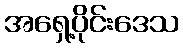
အရှေ့ပိုင်းဒေသ